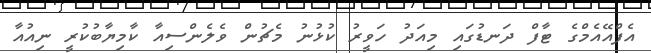
އެފްއޭއެމްގެ ޓާފް ދަނޑުގައި މިއަދު ހަވީރު ކުޅުނު މެޗުން ވެލެންސިއާ ކާމިޔާބުކުރީ ނިއުއާ